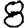
Digit: 8